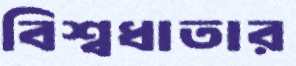
বিশ্বধাতার